Senior Leaving Certificate Examination (including Day School Certificate (Higher) General paper), 1949
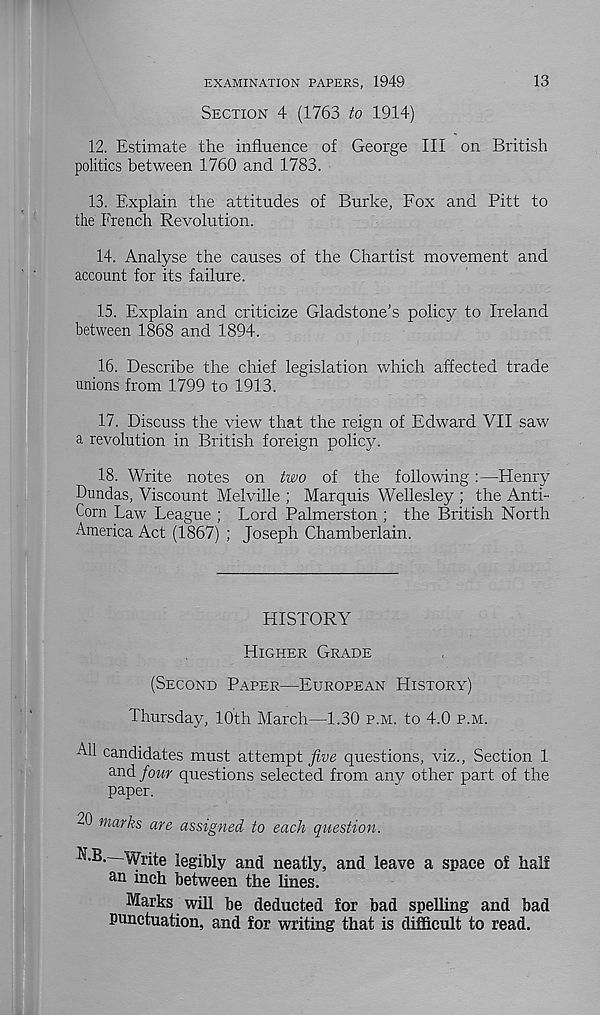
13
EXAMINATION PAPERS, 1949
SECTION 4 (1763 to 1914)
12. Estimate the influence of George III on British
politics between 1760 and 1783.
13. Explain the attitudes of Burke, Fox and Pitt to
the French Revolution.
14. Analyse the causes of the Chartist movement and
account for its failure.
15. Explain and criticize Gladstone’s policy to Ireland
between 1868 and 1894.
16. Describe the chief legislation which affected trade
unions from 1799 to 1913.
17. Discuss the view that the reign of Edward VII saw
a revolution in British foreign policy.
18. Write notes on two of the following:—Henry
Dundas, Viscount Melville ; Marquis Wellesley ; the Anti-
Corn Law League ; Lord Palmerston ; the British North
America Act (1867) ; Joseph Chamberlain.
HISTORY
HIGHER GRADE
(SECOND PAPER—EUROPEAN HISTORY)
Thursday, 10th March—1.30 P.M. to 4.0 P.M.
All candidates must attempt five questions, viz., Section 1
and four questions selected from any other part of the
paper.
20 marks are assigned to each question.
N.B. Write legibly and neatly, and leave a space of half
an inch between the lines.
Marks will be deducted for bad spelling and bad
punctuation, and for writing that is difficult to read.